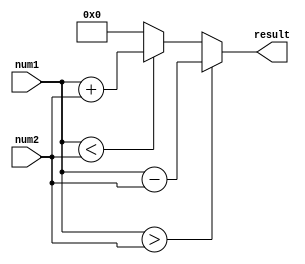
module fixed_point_subtractor (
    input [N-1:0] num1, // input fixed-point number 1
    input [N-1:0] num2, // input fixed-point number 2
    output reg [N-1:0] result // output fixed-point result
);

parameter N = 16; // total number of bits for fixed-point numbers
parameter M = 8; // number of integer bits

reg [M-1:0] int_part1, int_part2;
reg [N-M-1:0] frac_part1, frac_part2;

reg borrow;

always @(*) begin
    int_part1 = num1[N-1:N-M];
    int_part2 = num2[N-1:N-M];
    frac_part1 = num1[N-M-1:0];
    frac_part2 = num2[N-M-1:0];
end

always @(int_part1, int_part2, frac_part1, frac_part2) begin
    if (num1 > num2) begin
        result = num1 - num2;
    end else if (num1 < num2) begin
        result = num1 + num2;
        // handle borrow
    end else begin
        result = 0;
    end
end

endmodule